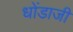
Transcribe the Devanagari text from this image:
धोंडाजी